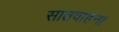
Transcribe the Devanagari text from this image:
सातवाहन।